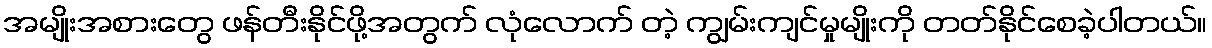
အမျိုးအစားတွေ ဖန်တီးနိုင်ဖို့အတွက် လုံလောက် တဲ့ ကျွမ်းကျင်မှုမျိုးကို တတ်နိုင်စေခဲ့ပါတယ်။